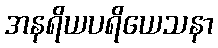
အနရိယပရိယေသနာ